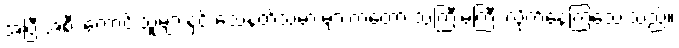
အပြီးအစီး ကောင်းသူများနှင့် သေနတ်သမားများကတော့ သဲကြီးမဲကြီး လိုက်နေကြသေးသည်။